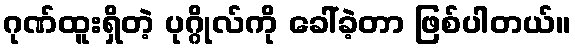
ဂုဏ်ထူးရှိတဲ့ ပုဂ္ဂိုလ်ကို ခေါ်ခဲ့တာ ဖြစ်ပါတယ်။